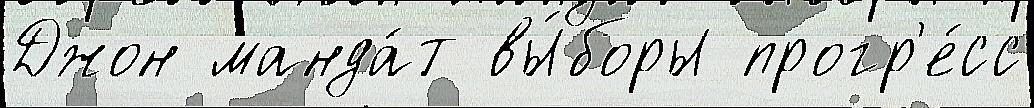
Джон манда́т вы́боры прогр'е́сс